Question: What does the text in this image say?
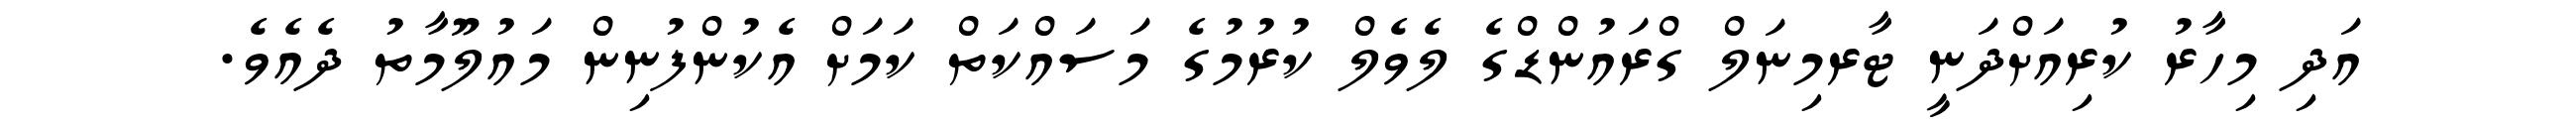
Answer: އަދި މިހާރު ކުރިއަށްދަނީ ޓާރމިނަލް ގްރައުންޑްގެ ލެވެލް ކުރުމުގެ މަސައްކަތް ކަމަށް އެކުންފުނިން މައުލޫމާތު ދެއެވެ.